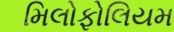
મિલોફોલિયમ